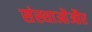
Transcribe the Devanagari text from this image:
संस्थाओंऔर